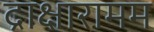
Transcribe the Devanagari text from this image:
द्राक्षारामम